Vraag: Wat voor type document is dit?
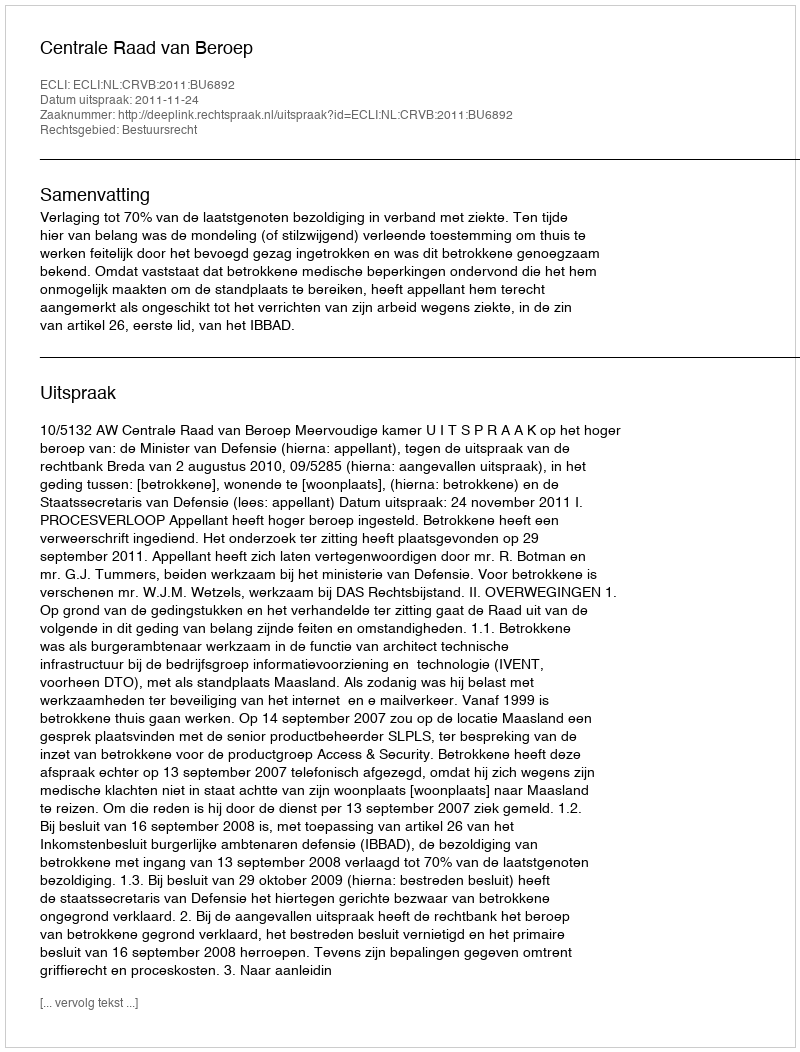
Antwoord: Uitspraak